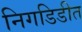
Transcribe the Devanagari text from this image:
निगडिडीत